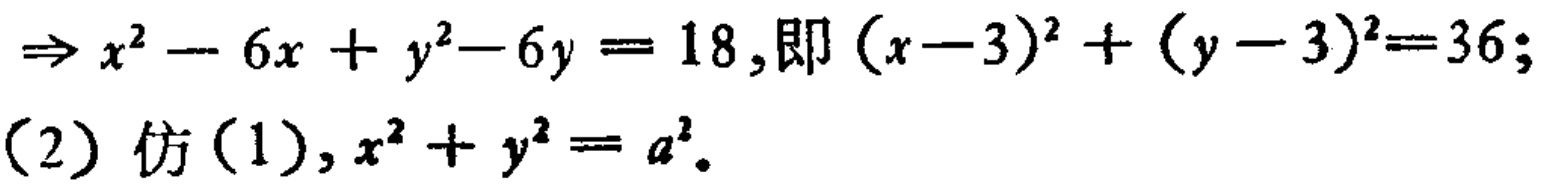
$\Rightarrow x^{2}-6x + y^{2}-6y = 18,即 (x - 3)^{2}+(y - 3)^{2}=36;$
$(2) 仿(1),x^{2}+y^{2}=a^{2}.$